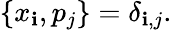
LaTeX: \{ x_{\mathbf{i}},p_{j}\} =\delta_{\mathbf{i},j}.